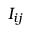
I _ { i j }